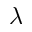
\lambda